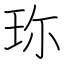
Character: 珎